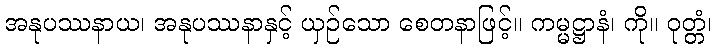
အနုပဿနာယ၊ အနုပဿနာနှင့် ယှဉ်သော စေတနာဖြင့်။ ကမ္မဋ္ဌာနံ၊ ကို။ ဝုတ္တံ၊